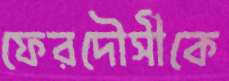
ফেরদৌসীকে